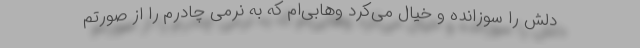
دلش را سوزانده و خیال می‌کرد وهابی‌ام که به نرمی چادرم را از صورتم